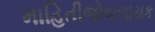
માહિતીજોવાલાયક